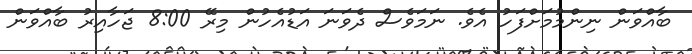
ބާއްވަން ނިންމުމަށްފަހު އެވެ. ނަމަވެސް ދެވަނަ އަޑުއެހުން މިރޭ 8:00 ޖަހާއިރު ބާއްވަން